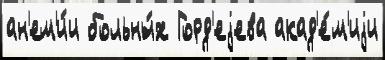
ан'ем'и́и больны́х Горд'еjева акад'е́м'иjи